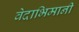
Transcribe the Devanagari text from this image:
वेदाभिमानी